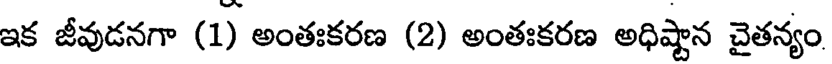
ఇక జీవుడనగా (1) అంతఃకరణ (2) అంతఃకరణ అధిష్టాన చైతన్యం